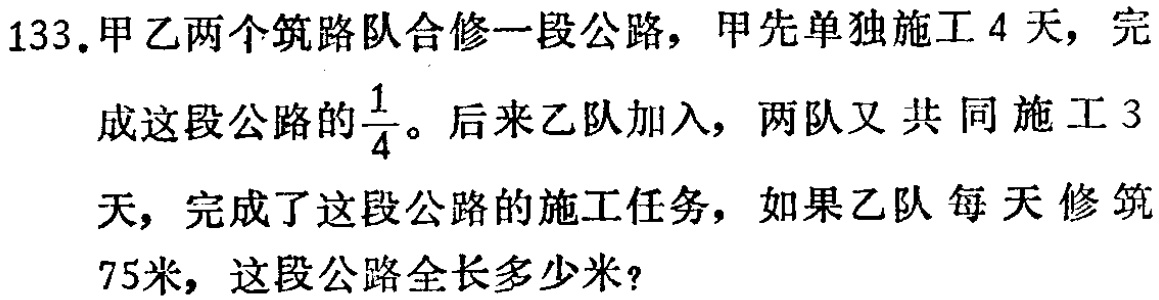
133.甲乙两个筑路队合修一段公路，甲先单独施工4天，完成这段公路的$\frac{1}{4}$。后来乙队加入，两队又共同施工3天，完成了这段公路的施工任务，如果乙队每天修筑75米，这段公路全长多少米？